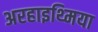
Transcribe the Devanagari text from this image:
अरहाइथ्मिया